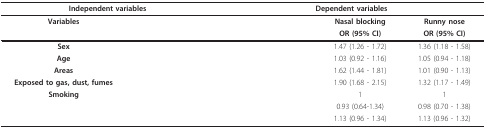
<table><thead><tr><td colspan="2"><b>Independent variables</b></td><td colspan="3"><b>Dependent variables</b></td></tr></thead><tbody><tr><td><b>Variables</b></td><td>[EMPTY_CELL]</td><td>[EMPTY_CELL]</td><td><b>Nasal blocking</b></td><td><b>Runny nose</b></td></tr><tr><td>[EMPTY_CELL]</td><td>[EMPTY_CELL]</td><td>[EMPTY_CELL]</td><td><b>OR (95% CI)</b></td><td><b>OR (95% CI)</b></td></tr><tr><td><b>Sex</b></td><td>[EMPTY_CELL]</td><td>[EMPTY_CELL]</td><td>1.47 (1.26 - 1.72)</td><td>1.36 (1.18 - 1.58)</td></tr><tr><td><b>Age</b></td><td>[EMPTY_CELL]</td><td>[EMPTY_CELL]</td><td>1.03 (0.92 - 1.16)</td><td>1.05 (0.94 - 1.18)</td></tr><tr><td><b>Areas</b></td><td>[EMPTY_CELL]</td><td>[EMPTY_CELL]</td><td>1.62 (1.44 - 1.81)</td><td>1.01 (0.90 - 1.13)</td></tr><tr><td><b>Exposed to gas, dust, fumes</b></td><td>[EMPTY_CELL]</td><td>[EMPTY_CELL]</td><td>1.90 (1.68 - 2.15)</td><td>1.32 (1.17 - 1.49)</td></tr><tr><td><b>Smoking</b></td><td>[EMPTY_CELL]</td><td>[EMPTY_CELL]</td><td>1</td><td>1</td></tr><tr><td>[EMPTY_CELL]</td><td>[EMPTY_CELL]</td><td>[EMPTY_CELL]</td><td>0.93 (0.64-1.34)</td><td>0.98 (0.70 - 1.38)</td></tr><tr><td>[EMPTY_CELL]</td><td>[EMPTY_CELL]</td><td>[EMPTY_CELL]</td><td>1.13 (0.96 - 1.34)</td><td>1.13 (0.96 - 1.32)</td></tr></tbody></table>